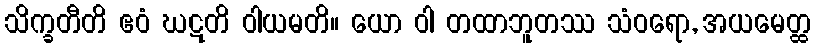
သိက္ခတီတိ ဧဝံ ဃဋတိ ဝါယမတိ။ ယော ဝါ တထာဘူတဿ သံဝရော, အယမေတ္ထ